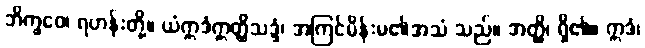
ဘိက္ခဝေ၊ ရဟန်းတို့။ ယံဣဒံဣတ္ထိသဒ္ဒံ၊ အကြင်မိန်းမ၏အသံ သည်။ အတ္ထိ၊ ရှိ၏။ ဣဒံ၊